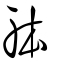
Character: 躰